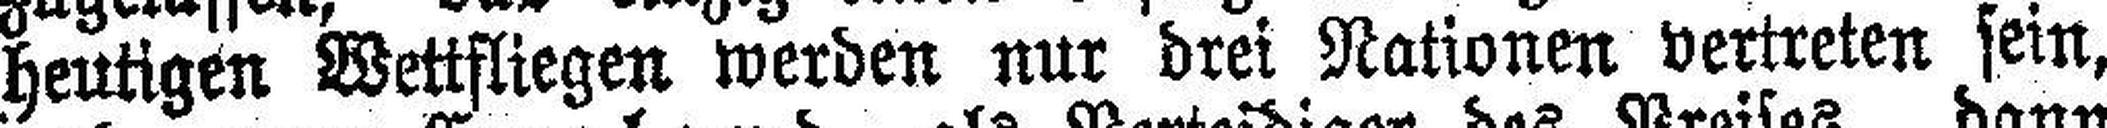
heutigen Wettfliegen werden nur drei Nationen vertreten sein,